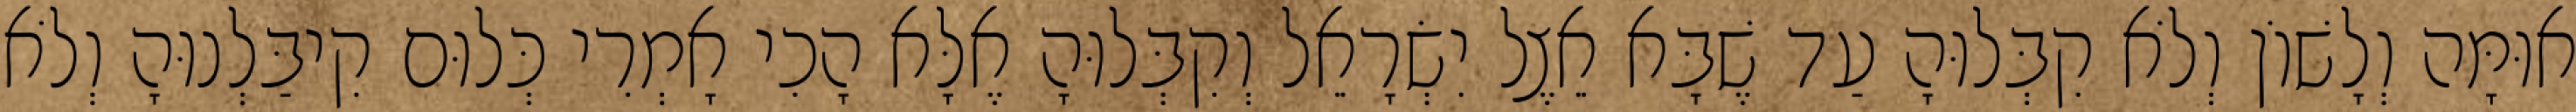
אוּמָּה וְלָשׁוֹן וְלֹא קִבְּלוּהָ עַד שֶׁבָּא אֵצֶל יִשְׂרָאֵל וְקִבְּלוּהָ אֶלָּא הָכִי אָמְרִי כְּלוּם קִיבַּלְנוּהָ וְלֹא